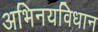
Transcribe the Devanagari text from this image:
अभिनयविधान